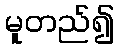
မူတည်၍